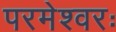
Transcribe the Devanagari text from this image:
परमेश्वरः